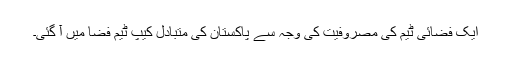
ایک فضائی ٹیم کی مصروفیت کی وجہ سے پاکستان کی متبادل کیپ ٹیم فضا میں آ گئی۔